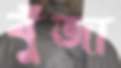
বুঁজা